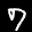
Label: 7